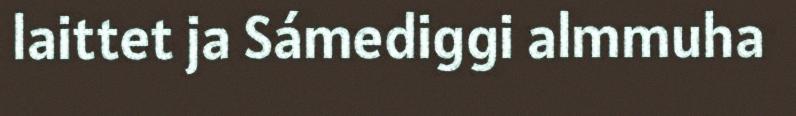
laittet ja Sámediggi almmuha